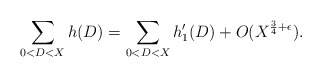
\begin{align*}\sum_{0<D<X} h(D) = \sum_{0<D<X} h_1'(D) + O(X^{\frac{3}{4} + \epsilon}).\end{align*}